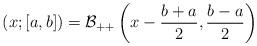
LaTeX: \begin{align*}(x; [a,b])=\mathcal{B}_{++}\left(x-\frac{b+a}{2},\frac{b-a}{2} \right)\end{align*}